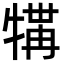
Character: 𪺲